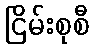
ငြိမ်းစုစီ